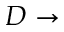
D \rightarrow